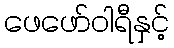
ဖေဖော်ဝါရီနှင့်